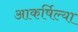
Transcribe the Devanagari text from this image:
आकर्षिल्या